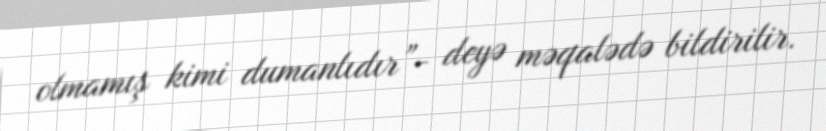
olmamış kimi dumanlıdır”- deyə məqalədə bildirilir.